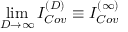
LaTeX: \operatorname * { l i m } _ { D \rightarrow \infty } I _ { C o v } ^ { ( D ) } \equiv { } I _ { C o v } ^ { ( \infty ) }